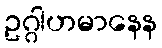
ဥဂ္ဂါဟမာနေန